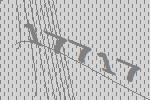
17717